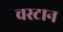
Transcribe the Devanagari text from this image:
चस्टान